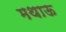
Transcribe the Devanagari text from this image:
मथाऊ